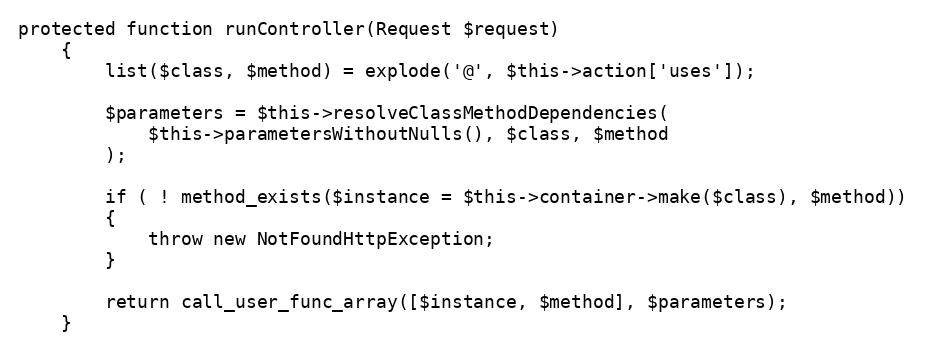
Language: PHP
protected function runController(Request $request)
	{
		list($class, $method) = explode('@', $this->action['uses']);

		$parameters = $this->resolveClassMethodDependencies(
			$this->parametersWithoutNulls(), $class, $method
		);

		if ( ! method_exists($instance = $this->container->make($class), $method))
		{
			throw new NotFoundHttpException;
		}

		return call_user_func_array([$instance, $method], $parameters);
	}